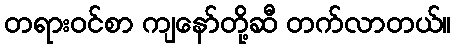
တရားဝင်စာ ကျနော်တို့ဆီ တက်လာတယ်။